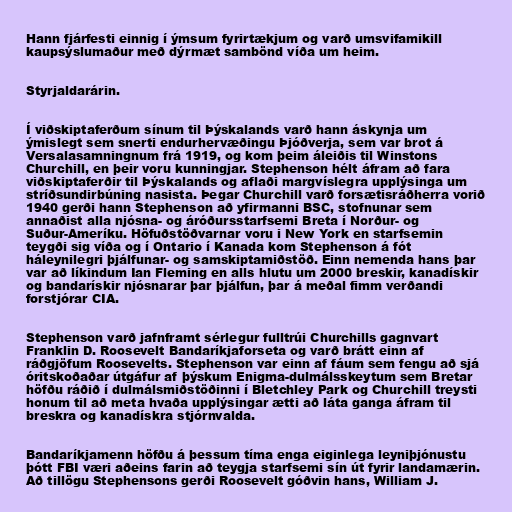
Hann fjárfesti einnig í ýmsum fyrirtækjum og varð umsvifamikill
kaupsýslumaður með dýrmæt sambönd víða um heim.

Styrjaldarárin.

Í viðskiptaferðum sínum til Þýskalands varð hann áskynja um
ýmislegt sem snerti endurhervæðingu Þjóðverja, sem var brot á
Versalasamningnum frá 1919, og kom þeim áleiðis til Winstons
Churchill, en þeir voru kunningjar. Stephenson hélt áfram að fara
viðskiptaferðir til Þýskalands og aflaði margvíslegra upplýsinga um
stríðsundirbúning nasista. Þegar Churchill varð forsætisráðherra vorið
1940 gerði hann Stephenson að yfirmanni BSC, stofnunar sem
annaðist alla njósna- og áróðursstarfsemi Breta í Norður- og
Suður-Ameríku. Höfuðstöðvarnar voru i New York en starfsemin
teygði sig víða og í Ontario í Kanada kom Stephenson á fót
háleynilegri þjálfunar- og samskiptamiðstöð. Einn nemenda hans þar
var að líkindum Ian Fleming en alls hlutu um 2000 breskir, kanadískir
og bandarískir njósnarar þar þjálfun, þar á meðal fimm verðandi
forstjórar CIA.

Stephenson varð jafnframt sérlegur fulltrúi Churchills gagnvart
Franklin D. Roosevelt Bandaríkjaforseta og varð brátt einn af
ráðgjöfum Roosevelts. Stephenson var einn af fáum sem fengu að sjá
óritskoðaðar útgáfur af þýskum Enigma-dulmálsskeytum sem Bretar
höfðu ráðið í dulmálsmiðstöðinni í Bletchley Park og Churchill treysti
honum til að meta hvaða upplýsingar ætti að láta ganga áfram til
breskra og kanadískra stjórnvalda.

Bandaríkjamenn höfðu á þessum tíma enga eiginlega leyniþjónustu
þótt FBI væri aðeins farin að teygja starfsemi sín út fyrir landamærin.
Að tillögu Stephensons gerði Roosevelt góðvin hans, William J.